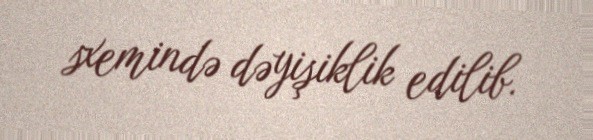
sxemində dəyişiklik edilib.